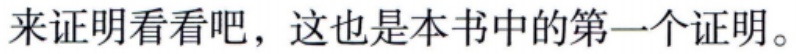
来证明看看吧，这也是本书中的第一个证明。